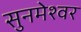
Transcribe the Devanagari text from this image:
सुनमेश्वर